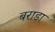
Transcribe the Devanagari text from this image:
बराडा